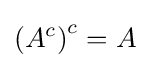
\left(A^{c}\right)^{c}=A